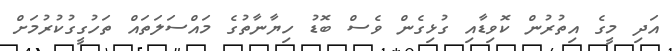
އަދި މީގެ އިތުރުން ކޮވިޑާއި ގުޅިގެން ވެސް ބޮޑު ހިޔާނާތުގެ މައްސަލަތައް ތަހުގީގުކުރުމަށް